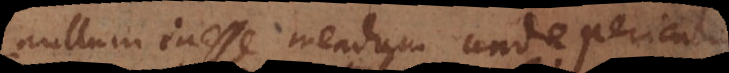
nullum inesse mendum unde pericul